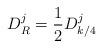
LaTeX: \begin{align*}D^j_R = \frac{1}{2} D^j_{k/4}\end{align*}